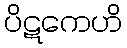
ပိဋကေဟိ